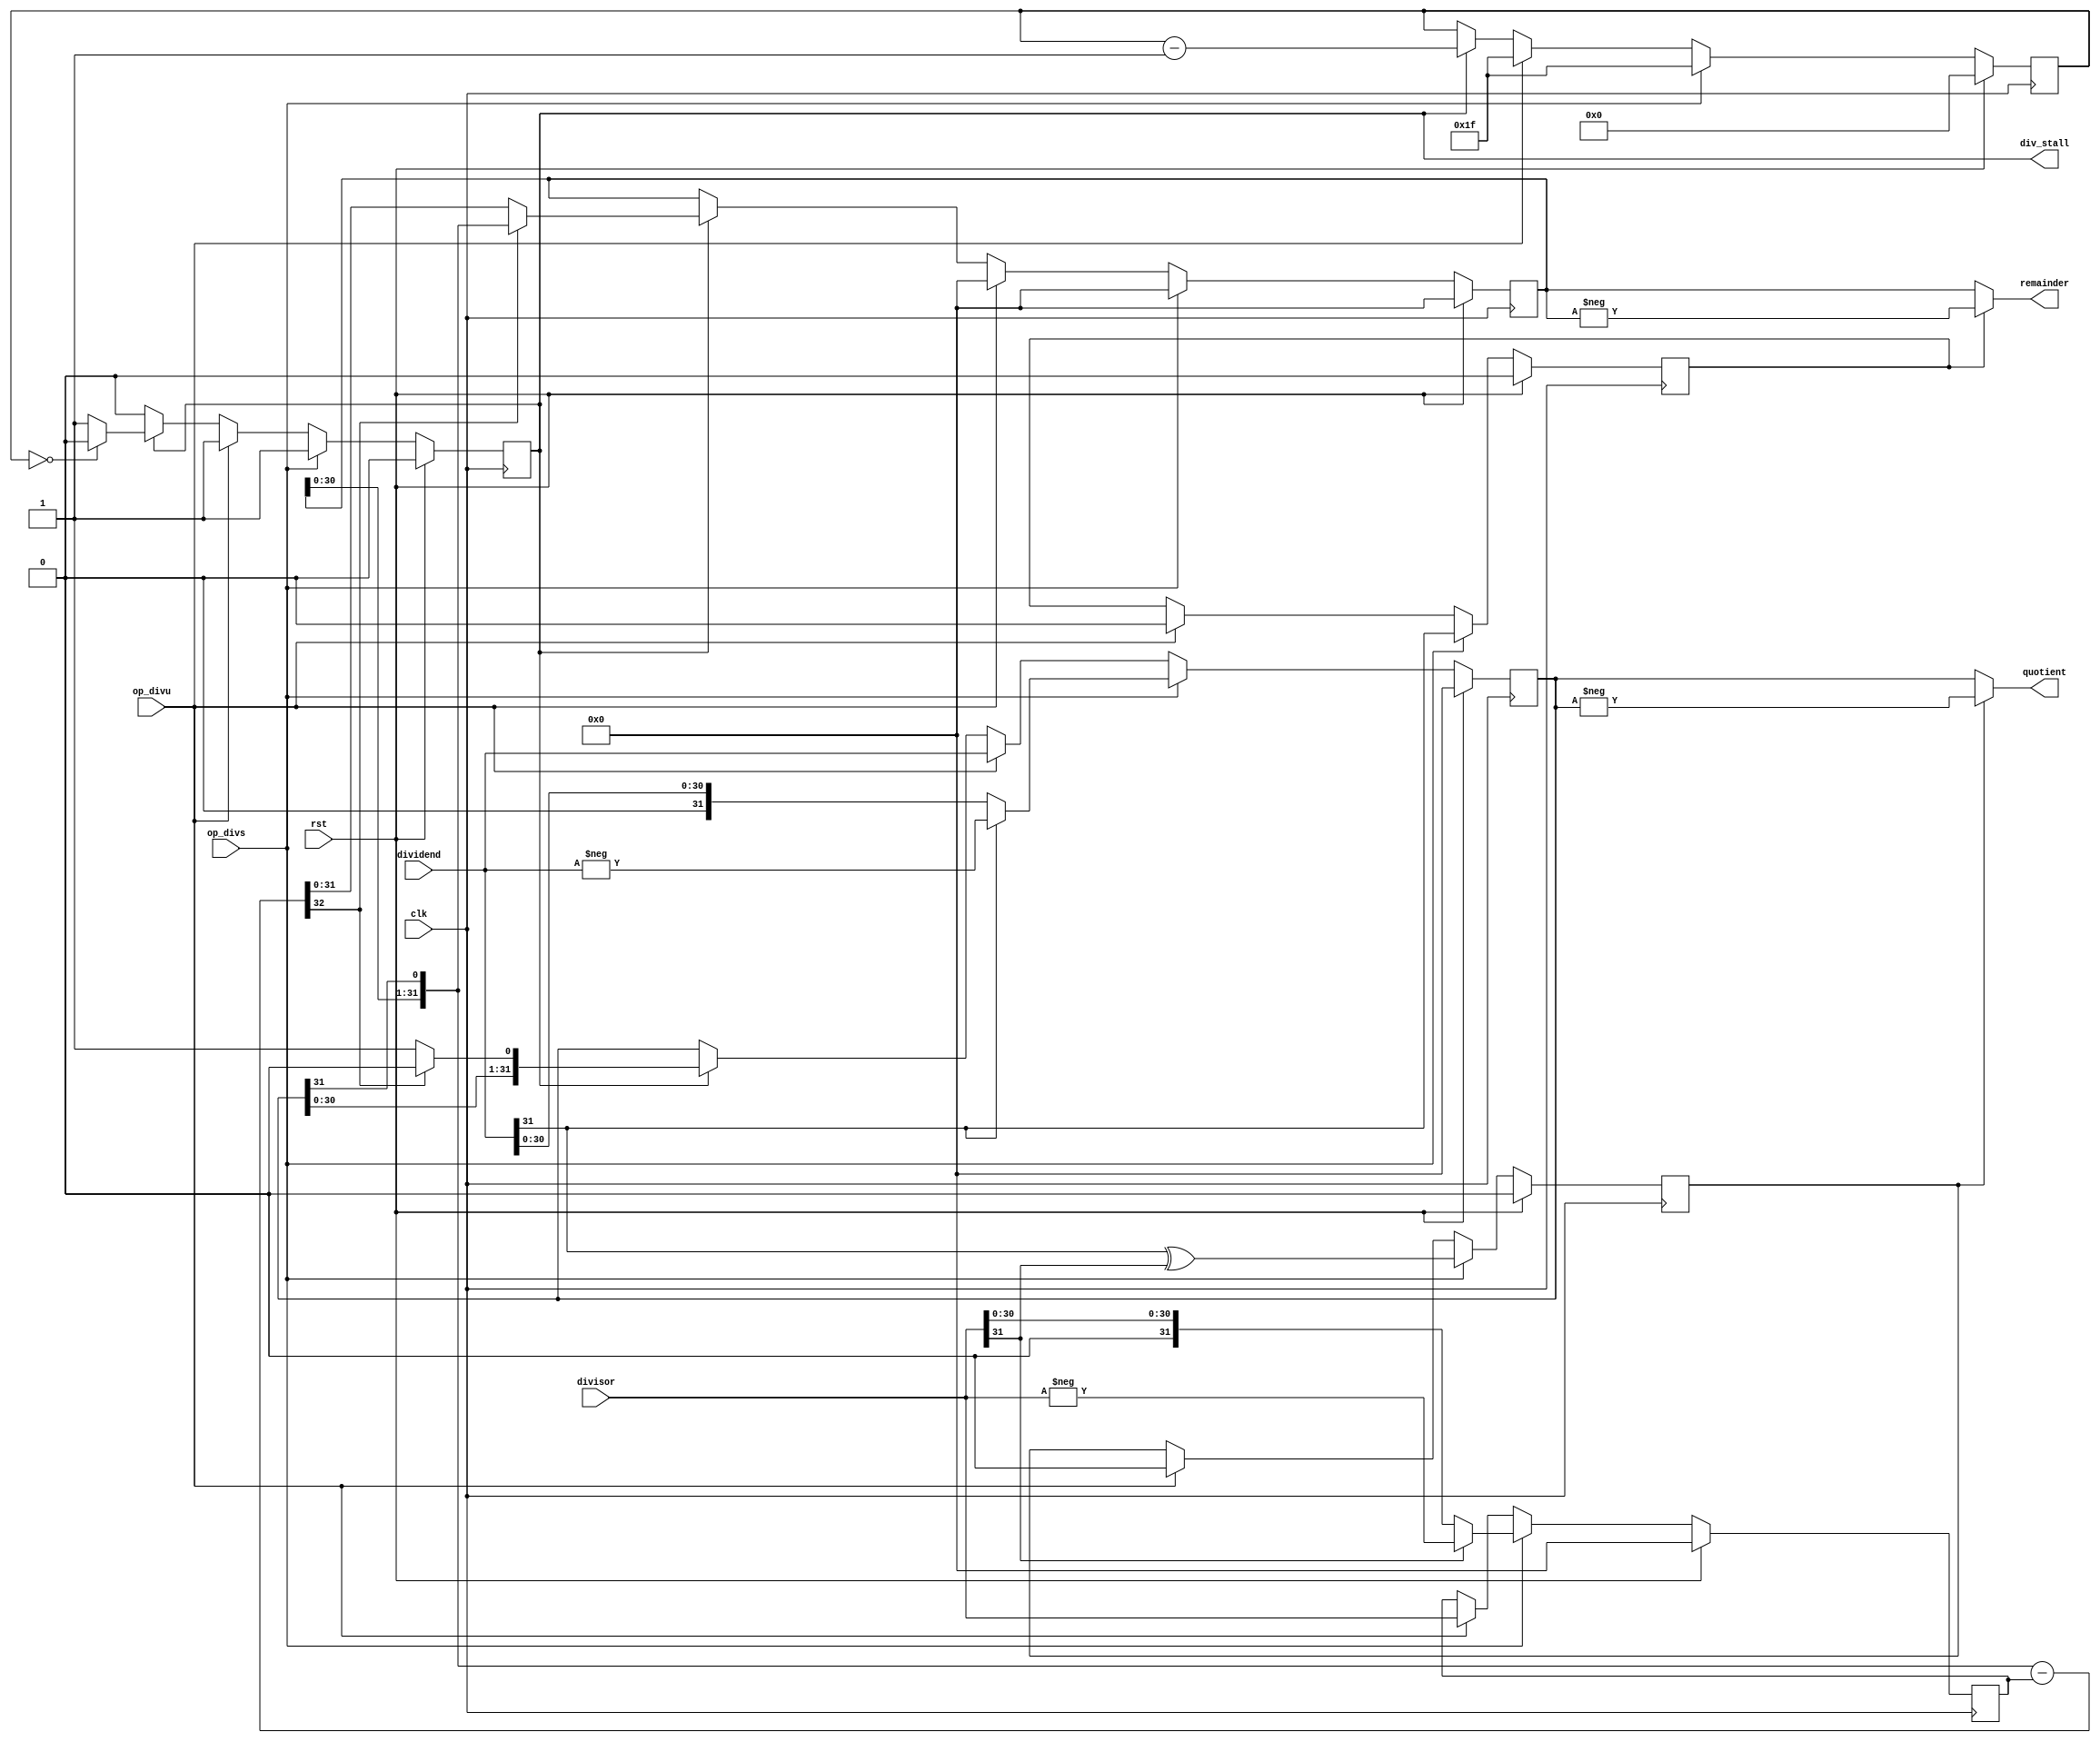
//==================================================================================================
//  Revision      : 1.0
//  Company       : Universidad Simn Bolvar
//
//  Description   : A multi-cycle divider unit.
//                  op_div and op_divu MUST BE dis-asserted after the setup
//                  cycle for normal operation, or the operation will be restarted.
//                  WARNING: no exception if divisor == 0.
//==================================================================================================

module antares_divider (
                        input         clk,
                        input         rst,
                        input         op_divs,
                        input         op_divu,
                        input [31:0]  dividend,
                        input [31:0]  divisor,
                        output [31:0] quotient,
                        output [31:0] remainder,
                        output        div_stall
                        );

    //--------------------------------------------------------------------------
    // Signal Declaration: reg
    //--------------------------------------------------------------------------
    reg           active;          // 1 while running
    reg           neg_result;      // 1 if the result must be negative
    reg           neg_remainder;   // 1 if the remainder must be negative
    reg [4:0]     cycle;           // number of cycles needed.
    reg [31:0]    result;          // Store the result.
    reg [31:0]    denominator;     // divisor
    reg [31:0]    residual;        // current remainder

    //--------------------------------------------------------------------------
    // Signal Declaration: wire
    //--------------------------------------------------------------------------
    wire [32:0]   partial_sub;        // temp

    //--------------------------------------------------------------------------
    // assignments
    //--------------------------------------------------------------------------
    assign quotient    = !neg_result ? result : -result;
    assign remainder   = !neg_remainder ? residual : -residual;
    assign div_stall   = active;
    assign partial_sub = {residual[30:0], result[31]} - denominator;            // calculate partial result

    //--------------------------------------------------------------------------
    // State Machine. This needs 32 cycles to calculate the result.
    // The result is loaded after 34 cycles
    // The first cycle is setup.
    //--------------------------------------------------------------------------
    always @(posedge clk) begin
        if (rst) begin
            /*AUTORESET*/
            // Beginning of autoreset for uninitialized flops
            active <= 1'h0;
            cycle <= 5'h0;
            denominator <= 32'h0;
            neg_result <= 1'h0;
            neg_remainder <= 1'h0;
            residual <= 32'h0;
            result <= 32'h0;
            // End of automatics
        end
        else begin
            if(op_divs) begin
                // Signed division.
                cycle         <= 5'd31;
                result        <= (dividend[31] == 1'b0) ? dividend : -dividend;
                denominator   <= (divisor[31] == 1'b0) ? divisor : -divisor;
                residual      <= 32'b0;
                neg_result    <= dividend[31] ^ divisor[31];
                neg_remainder <= dividend[31];
                active        <= 1'b1;
            end
            else if (op_divu) begin
                // Unsigned division.
                cycle         <= 5'd31;
                result        <= dividend;
                denominator   <= divisor;
                residual      <= 32'b0;
                neg_result    <= 1'b0;
                neg_remainder <= 1'h0;
                active        <= 1'b1;
            end
            else if (active) begin
                // run a iteration
                if(partial_sub[32] == 1'b0) begin
                    residual <= partial_sub[31:0];
                    result   <= {result[30:0], 1'b1};
                end
                else begin
                    residual <= {residual[30:0], result[31]};
                    result   <= {result[30:0], 1'b0};
                end

                if (cycle == 5'b0) begin
                    active <= 1'b0;
                end

                cycle <= cycle - 5'd1;
            end
        end
    end

endmodule // antares_divider